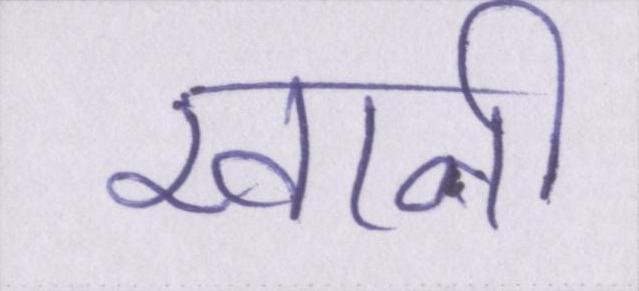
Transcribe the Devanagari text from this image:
खानी